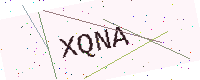
Text: XQNA